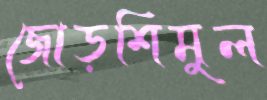
জোড়শিমুল